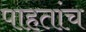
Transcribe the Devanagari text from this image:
पाहतांच